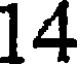
14